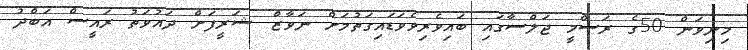
މިނިވަން 50ގެ ރަސްމީ ޖަލްސާގައި ބައިވެރިވެވަޑައިގަތުމަށް ނަވާޒް ޝަރީފަށް ދައުވަތު ރައީސް އަބްދު